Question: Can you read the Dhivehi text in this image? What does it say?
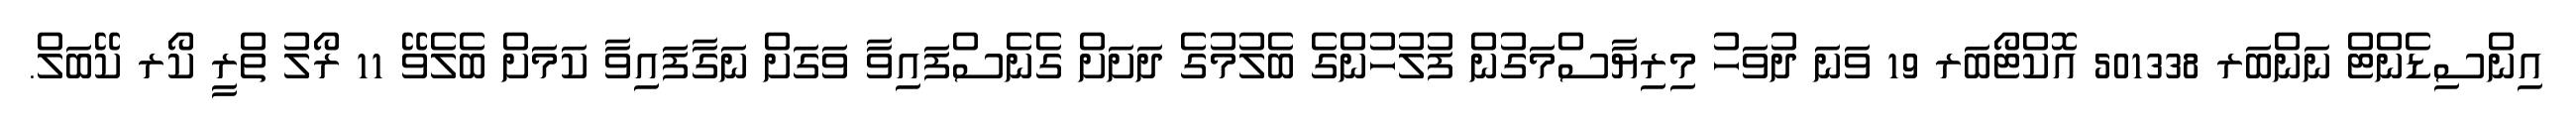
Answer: އިންސިޑެންޓް ނަންބަރ 501338 އޮކްޓޯބަރ 19 ވަނަ ދުވަހު މިރިޔާސްމަގުން ފުލުހުންގެ ބެލުމުގެ ދަށަށް ގެނެސްފައިވާ ވަގަށް ނަގާފައިވާ ކަމަށް ބެލެވޭ 11 ރޯލު ތްރީ ކޯރ ކޭބަލް.